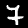
Digit: 7